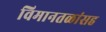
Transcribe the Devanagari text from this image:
विमानतळांसह